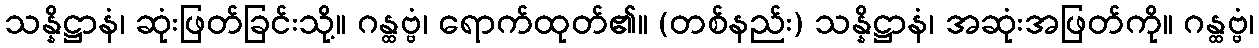
သန္နိဋ္ဌာနံ၊ ဆုံးဖြတ်ခြင်းသို့။ ဂန္ထဗ္ဗံ၊ ရောက်ထုတ်၏။ (တစ်နည်း) သန္နိဋ္ဌာနံ၊ အဆုံးအဖြတ်ကို။ ဂန္ထဗ္ဗံ၊